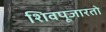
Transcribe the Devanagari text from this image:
शिवपूजारतो